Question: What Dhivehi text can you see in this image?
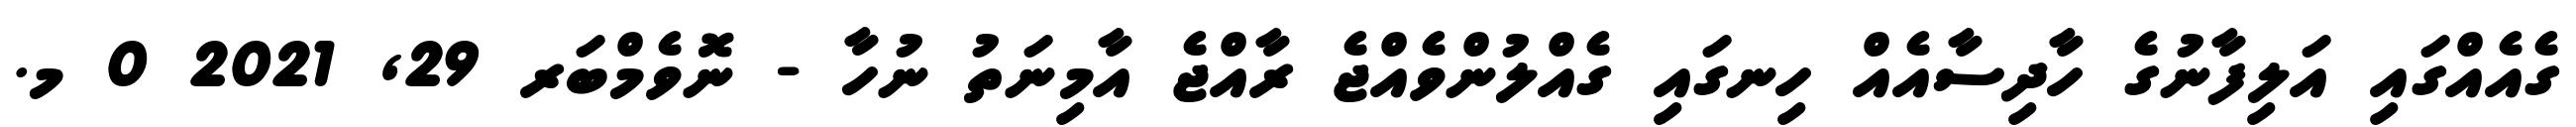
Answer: ގެއެއްގައި އަލިފާނުގެ ހާދިސާއެއް ހިނގައި ގެއްލުންވެއްޖެ ރާއްޖެ އާމިނަތު ނުހާ - ނޮވެމްބަރ 29, 2021 0 މ.